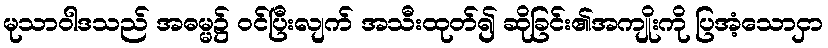
မုသာဝါဒသည် အဓမ္မ၌ ဝင်ပြီးလျက် အသီးထုတ်၍ ဆိုခြင်း၏အကျိုးကို ပြအံ့သောငှာ